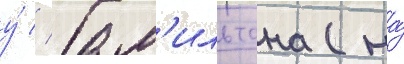
у́ // Гам'ильтона (на́